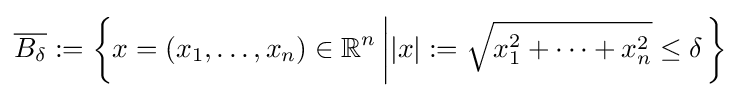
{\overline {B_{\delta }}}:=\left\{x=(x_{1},\dots ,x_{n})\in \mathbb {R} ^{n}\left||x|:={\sqrt {x_{1}^{2}+\dots +x_{n}^{2}}}\leq \delta \right.\right\}